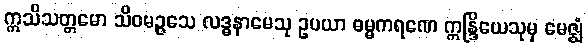
ဣသိသတ္တမော သိဝမဉ္ဇသေ လဒ္ဓနာမေသု ဥပယာ ဓမ္မကရဏေ ဣန္ဒြိယေသုမှ မေဇ္ဈံ